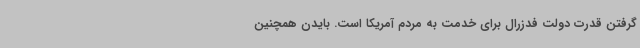
گرفتن قدرت دولت فدزرال برای خدمت به مردم آمریکا است. بایدن همچنین